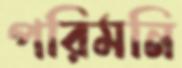
পরিমনি